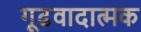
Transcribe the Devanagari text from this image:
गूढवादात्मक